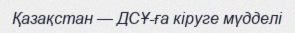
Қазақстан — ДСҰ-ға кіруге мүдделі